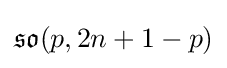
{\mathfrak {so}}(p,2n+1-p)